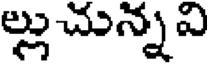
ల్లు చున్న వి